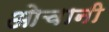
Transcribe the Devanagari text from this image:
ओचानी